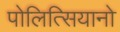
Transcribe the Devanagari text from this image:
पोलित्सियानो